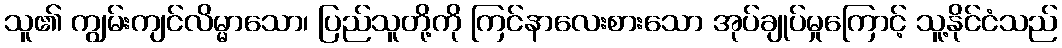
သူ၏ ကျွမ်းကျင်လိမ္မာသော၊ ပြည်သူတို့ကို ကြင်နာလေးစားသော အုပ်ချုပ်မှုကြောင့် သူ့နိုင်ငံသည်